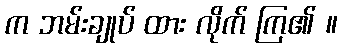
က ဘမ်းချုပ် ထား လိုက် ကြ၏ ။